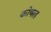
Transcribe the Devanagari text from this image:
कोषल